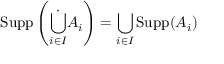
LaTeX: \operatorname { S u p p } \left( { \dot { \bigcup _ { i \in { I } } } } A _ { i } \right) = \bigcup _ { i \in { I } } \operatorname { S u p p } ( A _ { i } )